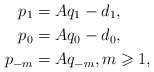
\begin{align*} p_1&=Aq_1-d_1,\\ p_0&=Aq_0-d_0,\\ p_{-m}&=Aq_{-m},m\geqslant 1,\end{align*}